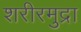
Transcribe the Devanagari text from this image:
शरीरमुद्रा